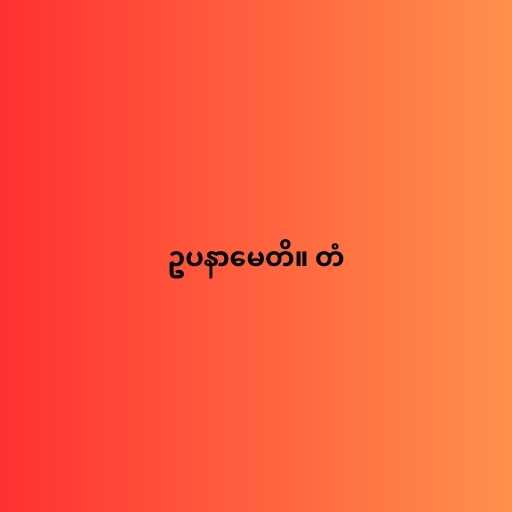
ဥပနာမေတိ။ တံ